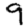
Digit: 9